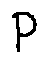
P